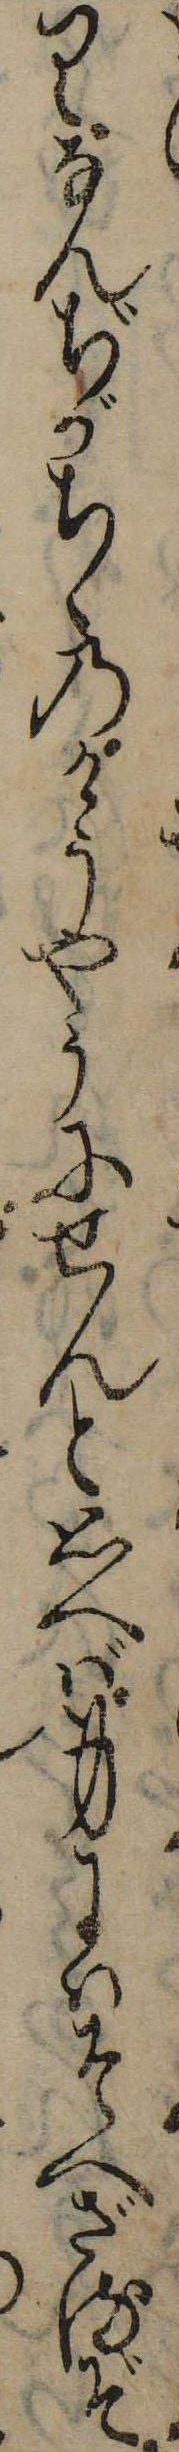
りなんぢがちゝのけうやうにせんと思へば身にはそへざるぞ